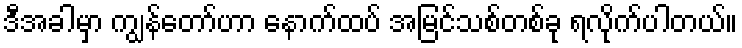
ဒီအခါမှာ ကျွန်တော်ဟာ နောက်ထပ် အမြင်သစ်တစ်ခု ရလိုက်ပါတယ်။